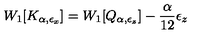
W _ { 1 } [ K _ { \alpha , \epsilon _ { x } } ] = W _ { 1 } [ Q _ { \alpha , \epsilon _ { z } } ] - { \frac { \alpha } { 1 2 } } \epsilon _ { z }